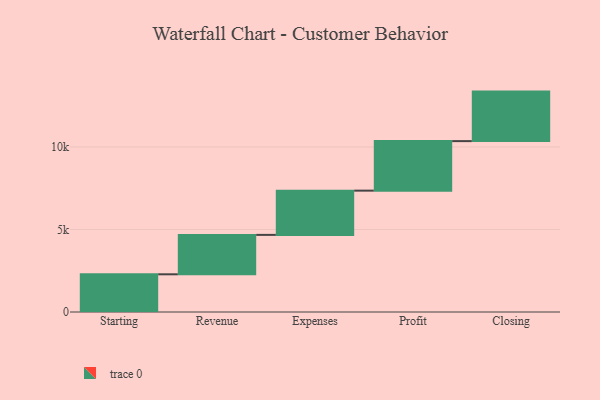
{"axis": {"x": "Step", "y": "Value"}, "legend": [""], "data": [{"x": "Starting", "y": 2284.0, "type": ""}, {"x": "Revenue", "y": 2388.0, "type": ""}, {"x": "Expenses", "y": 2680.0, "type": ""}, {"x": "Profit", "y": 3000, "type": ""}, {"x": "Closing", "y": 3000, "type": ""}]}